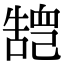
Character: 𢁏